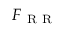
F _ { \mathrm { ~ R ~ R ~ } }